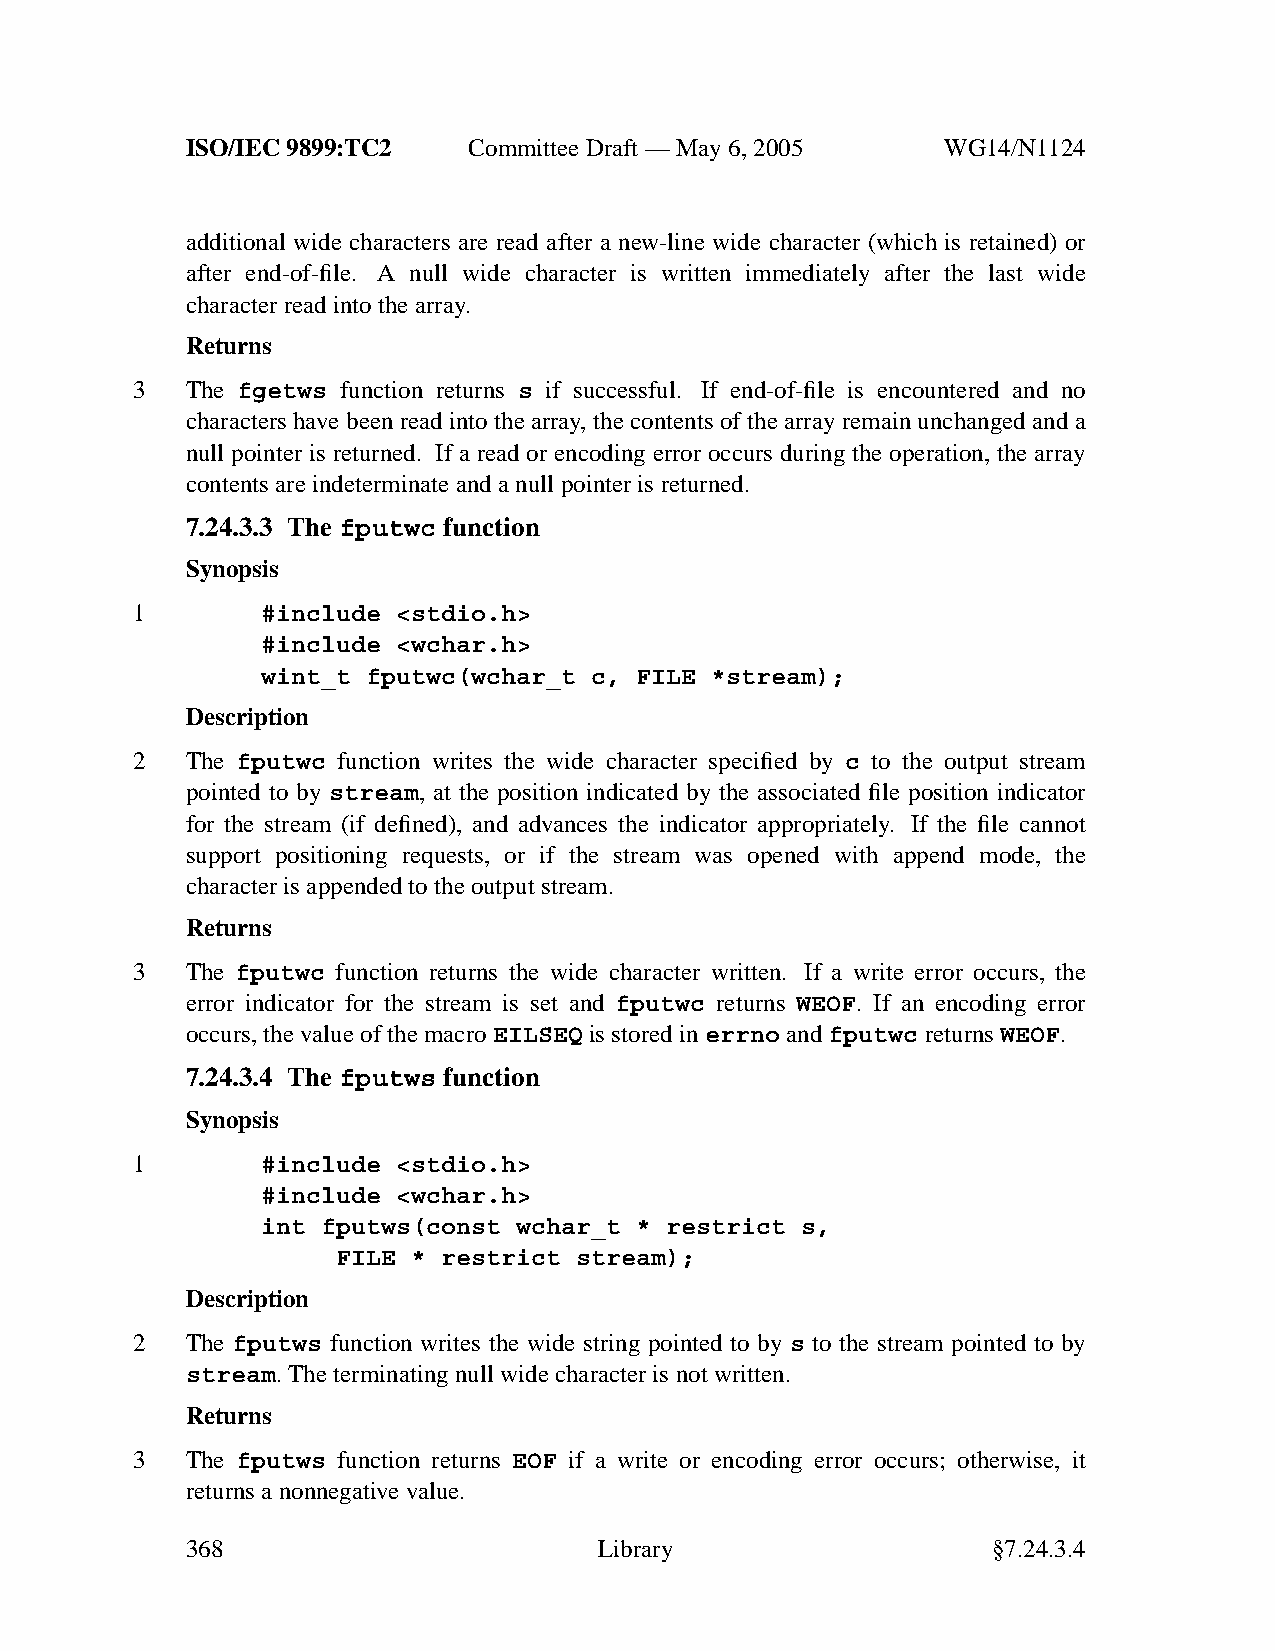
ISO/IEC 9899:TC2   Committee Draft — May 6, 2005   WG14/N1124
 additional wide characters are read after a new-line wide character (which is retained) or
 after end-of-file. A null wide character is written immediately after the last wide
 character read into the array.
 Returns
 3  The fgetws function returns s if successful. If end-of-file is encountered and no
 characters have been read into the array, the contents of the array remain unchanged and a
 null pointer is returned. If a read or encoding error occurs during the operation, the array
 contents are indeterminate and a null pointer is returned.
 7.24.3.3 The fputwc function
 Synopsis
 1       #include <stdio.h>
 #include <wchar.h>
 wint_t fputwc(wchar_t c, FILE *stream);
 Description
 2  The fputwc function writes the wide character specified by c to the output stream
 pointed to by stream, at the position indicated by the associated file position indicator
 for the stream (if defined), and advances the indicator appropriately. If the file cannot
 support positioning requests, or if the stream was opened with append mode, the
 character is appended to the output stream.
 Returns
 3  The fputwc function returns the wide character written. If a write error occurs, the
 error indicator for the stream is set and fputwc returns WEOF. If an encoding error
 occurs, the value of the macro EILSEQ is stored in errno andfputwc returnsWEOF.
 7.24.3.4 The fputws function
 Synopsis
 1       #include <stdio.h>
 #include <wchar.h>
 int fputws(const wchar_t * restrict s,
 FILE * restrict stream);
 Description
 2  The fputws function writes the wide string pointed to by s to the stream pointed to by
 stream.The terminating null wide character is not written.
 Returns
 3  The fputws function returns EOF if a write or encoding error occurs; otherwise, it
 returns a nonnegative value.
 368                         Library                   §7.24.3.4